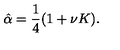
\hat { \alpha } = \frac { 1 } { 4 } ( 1 + \nu K ) .